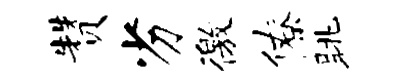
赞劣徼僚眺